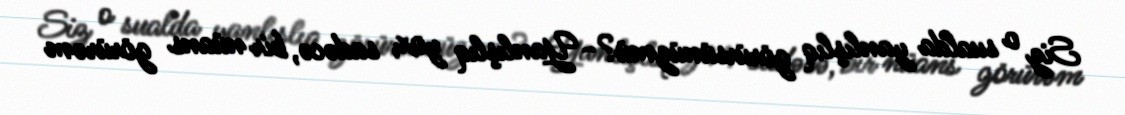
Siz o sualda yanlışlıq görürsünüzmü?- Yanlışlıq yox, sadəcə, bir nüans görürəm